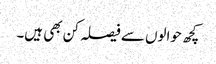
کچھ حوالوں سے فیصلہ کن بھی ہیں۔